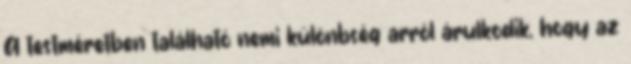
A testméretben található nemi különbség arról árulkodik, hogy az